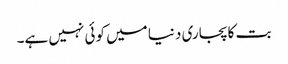
بت کا پجاری دنیا میں کوئی نہیں ہے۔